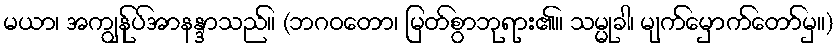
မယာ၊ အကျွန်ုပ်အာနန္ဒာသည်။ (ဘဂဝတော၊ မြတ်စွာဘုရား၏။ သမ္မုခါ၊ မျက်မှောက်တော်မှ။)